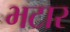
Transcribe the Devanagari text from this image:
भटार